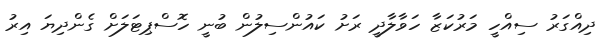
ދިއްގަރު ސިއްހީ މަރުކަޒާ ހަވާލާދީ ރަށު ކައުންސިލުން ބުނީ ހޮސްޕިޓަލަށް ގެންދިޔަ އިރު